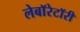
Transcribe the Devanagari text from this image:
लेबाॅरेटाॅरी